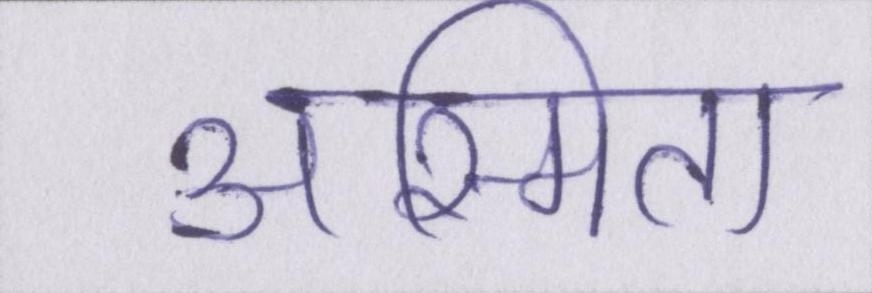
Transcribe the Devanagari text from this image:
अस्मिता